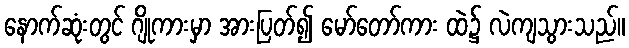
နောက်ဆုံးတွင် ဂျိုကားမှာ အားပြတ်၍ မော်တော်ကား ထဲ၌ လဲကျသွားသည်။